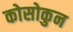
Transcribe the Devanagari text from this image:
कोसोकुन